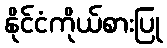
နိုင်ငံကိုယ်စားပြု